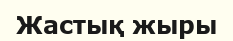
Жастық жыры